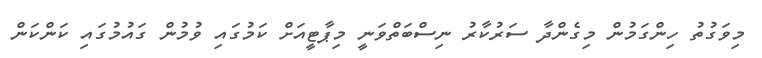
މިވަގުތު ހިންގަމުން މިގެންދާ ސަރުކާރު ނިސްބަތްވަނީ މިޕާޓީއަށް ކަމުގައި ވުމުން ގައުމުގައި ކަންކަން